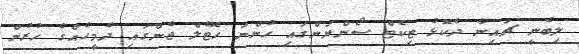
ލިބެނީ ޗަައިނާ ދެކޮޅު ޓިކެޓް ސޯންޔަންގައި ހުންނަ ހޮޓެލް ޖެންގައި ދެމީހެއްގެ ހުރުން